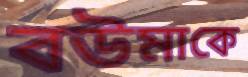
বউমাকে